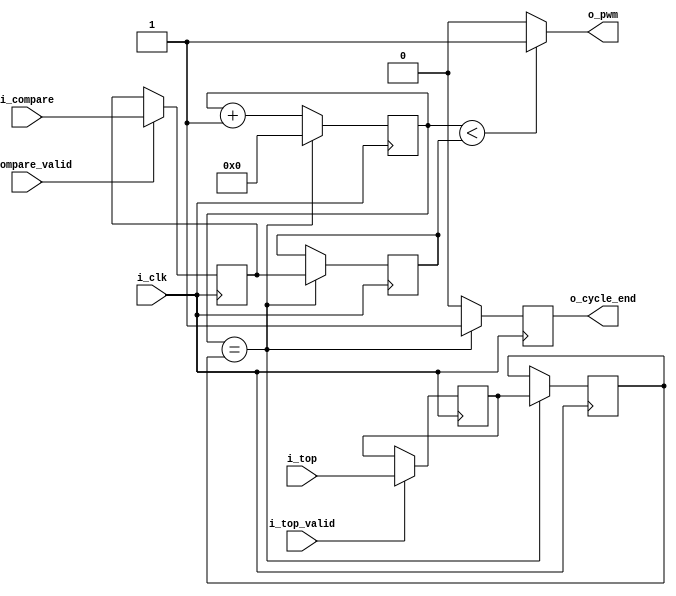
`default_nettype none

module pwm #(
  parameter RESOLUTION      = 8
) (
  input wire                    i_clk,
  input wire [RESOLUTION-1:0]   i_top,
  input wire                    i_top_valid,
  // Compare gets one more bit for glitch free 0% and 100% duty cycles
  input wire [RESOLUTION:0]     i_compare,
  input wire                    i_compare_valid,

  output wire                   o_pwm,
  output reg                    o_cycle_end
);

  // The counter, r_counter, repeatedly counts from 0 to r_top. When r_counter
  // is less than r_compare, the output is high. Otherwise the output is low.
  // r_compare needs to have one more bit than r_top to allow glitch free 0% and
  // 100% duty cycles. Without this, 100% duty cycle would be not be possible as
  // when r_top == r_compare the output is low, resulting in a single low pulse
  // at then end. The extra bit allows r_compare to be greater than r_top at
  // maximum resolution.
  //
  // For example, if the RESOLUTION is 8 bits, then the maximum number of steps
  // is 256. If r_top is 255, the maximum 8-bit value, then and r_counter will
  // count from 0 to 255. If r_compare is 0, then they duty cycle is 0% because
  // r_counter will never be less than r_top. If r_compare is 255, then the
  // output is high for 255 out of the 256 clocks. r_compare needs to be 256 (or
  // greater) for the output to be high for all 256 clocks, resulting in 100%
  // duty cycle.
  reg [RESOLUTION-1:0]  r_latched_top = 0;
  reg [RESOLUTION:0]    r_latched_compare = 0;

  reg [RESOLUTION-1:0]  r_counter = 0;
  reg [RESOLUTION-1:0]  r_top = 0;
  reg [RESOLUTION:0]    r_compare = 0;

  always @(posedge i_clk) begin
    if (i_top_valid) begin
      r_latched_top <= i_top;
    end

    if (i_compare_valid) begin
      r_latched_compare <= i_compare;
    end

    if (r_counter == r_top) begin
      r_counter <= 0;
      // Update top and compare only when the counter going to 0.
      r_top <= r_latched_top;
      r_compare <= r_latched_compare;
      o_cycle_end <= 1;
    end else begin
      r_counter <= r_counter + 1;
      o_cycle_end <= 0;
    end
  end

  assign o_pwm = ({1'b0, r_counter} < r_compare)? 1'b1 : 1'b0;
  
endmodule